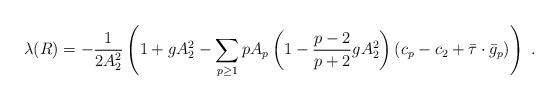
LaTeX: \begin{align*}\lambda(R) =-{1\over 2A_2^2} \left( 1+gA_2^2 - \sum_{p\ge 1} p A_p\left(1-{p-2 \over p+2} g A_2^2\right)(c_p - c_2 + \bar \tau \cdot\bar g_p )\right) \ .\end{align*}